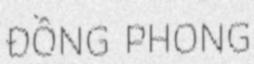
ĐỒNG PHONG